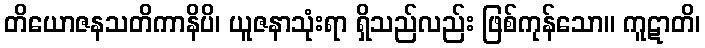
တိယောဇနသတိကာနိပိ၊ ယူဇနာသုံးရာ ရှိသည်လည်း ဖြစ်ကုန်သော။ ကူဋာတိ၊